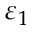
\varepsilon _ { 1 }